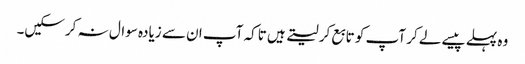
وہ پہلے پیسے لے کر آپ کو تابع کر لیتے ہیں تاکہ آپ ان سے زیادہ سوال نہ کرسکیں۔